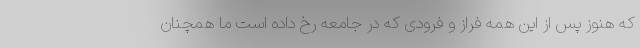
که هنوز پس از این همه فراز و فرودی که در جامعه رخ داده است ما همچنان